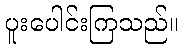
ပူးပေါင်းကြသည်။